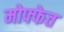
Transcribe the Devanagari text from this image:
मोफ्फेत